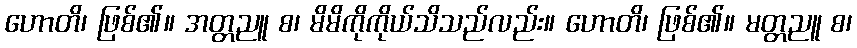
ဟောတိ၊ ဖြစ်၏။ အတ္တညူ စ၊ မိမိကိုကိုယ်သိသည်လည်း။ ဟောတိ၊ ဖြစ်၏။ မတ္တညူ စ၊